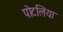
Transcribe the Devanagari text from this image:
पोटलिया